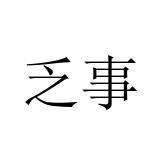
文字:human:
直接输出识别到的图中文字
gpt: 乏事